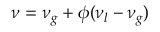
\nu = \nu _ { g } + \phi ( \nu _ { l } - \nu _ { g } )